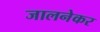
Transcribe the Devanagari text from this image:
जालनेकर